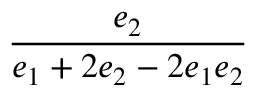
\displaystyle \frac { e _ { 2 } } { e _ { 1 } + 2 e _ { 2 } - 2 e _ { 1 } e _ { 2 } }